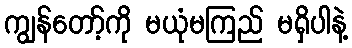
ကျွန်တော့်ကို မယုံမကြည် မရှိပါနဲ့